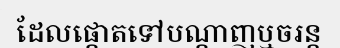
ដែលផ្តោតទៅបណ្តាញឬចរន្ត